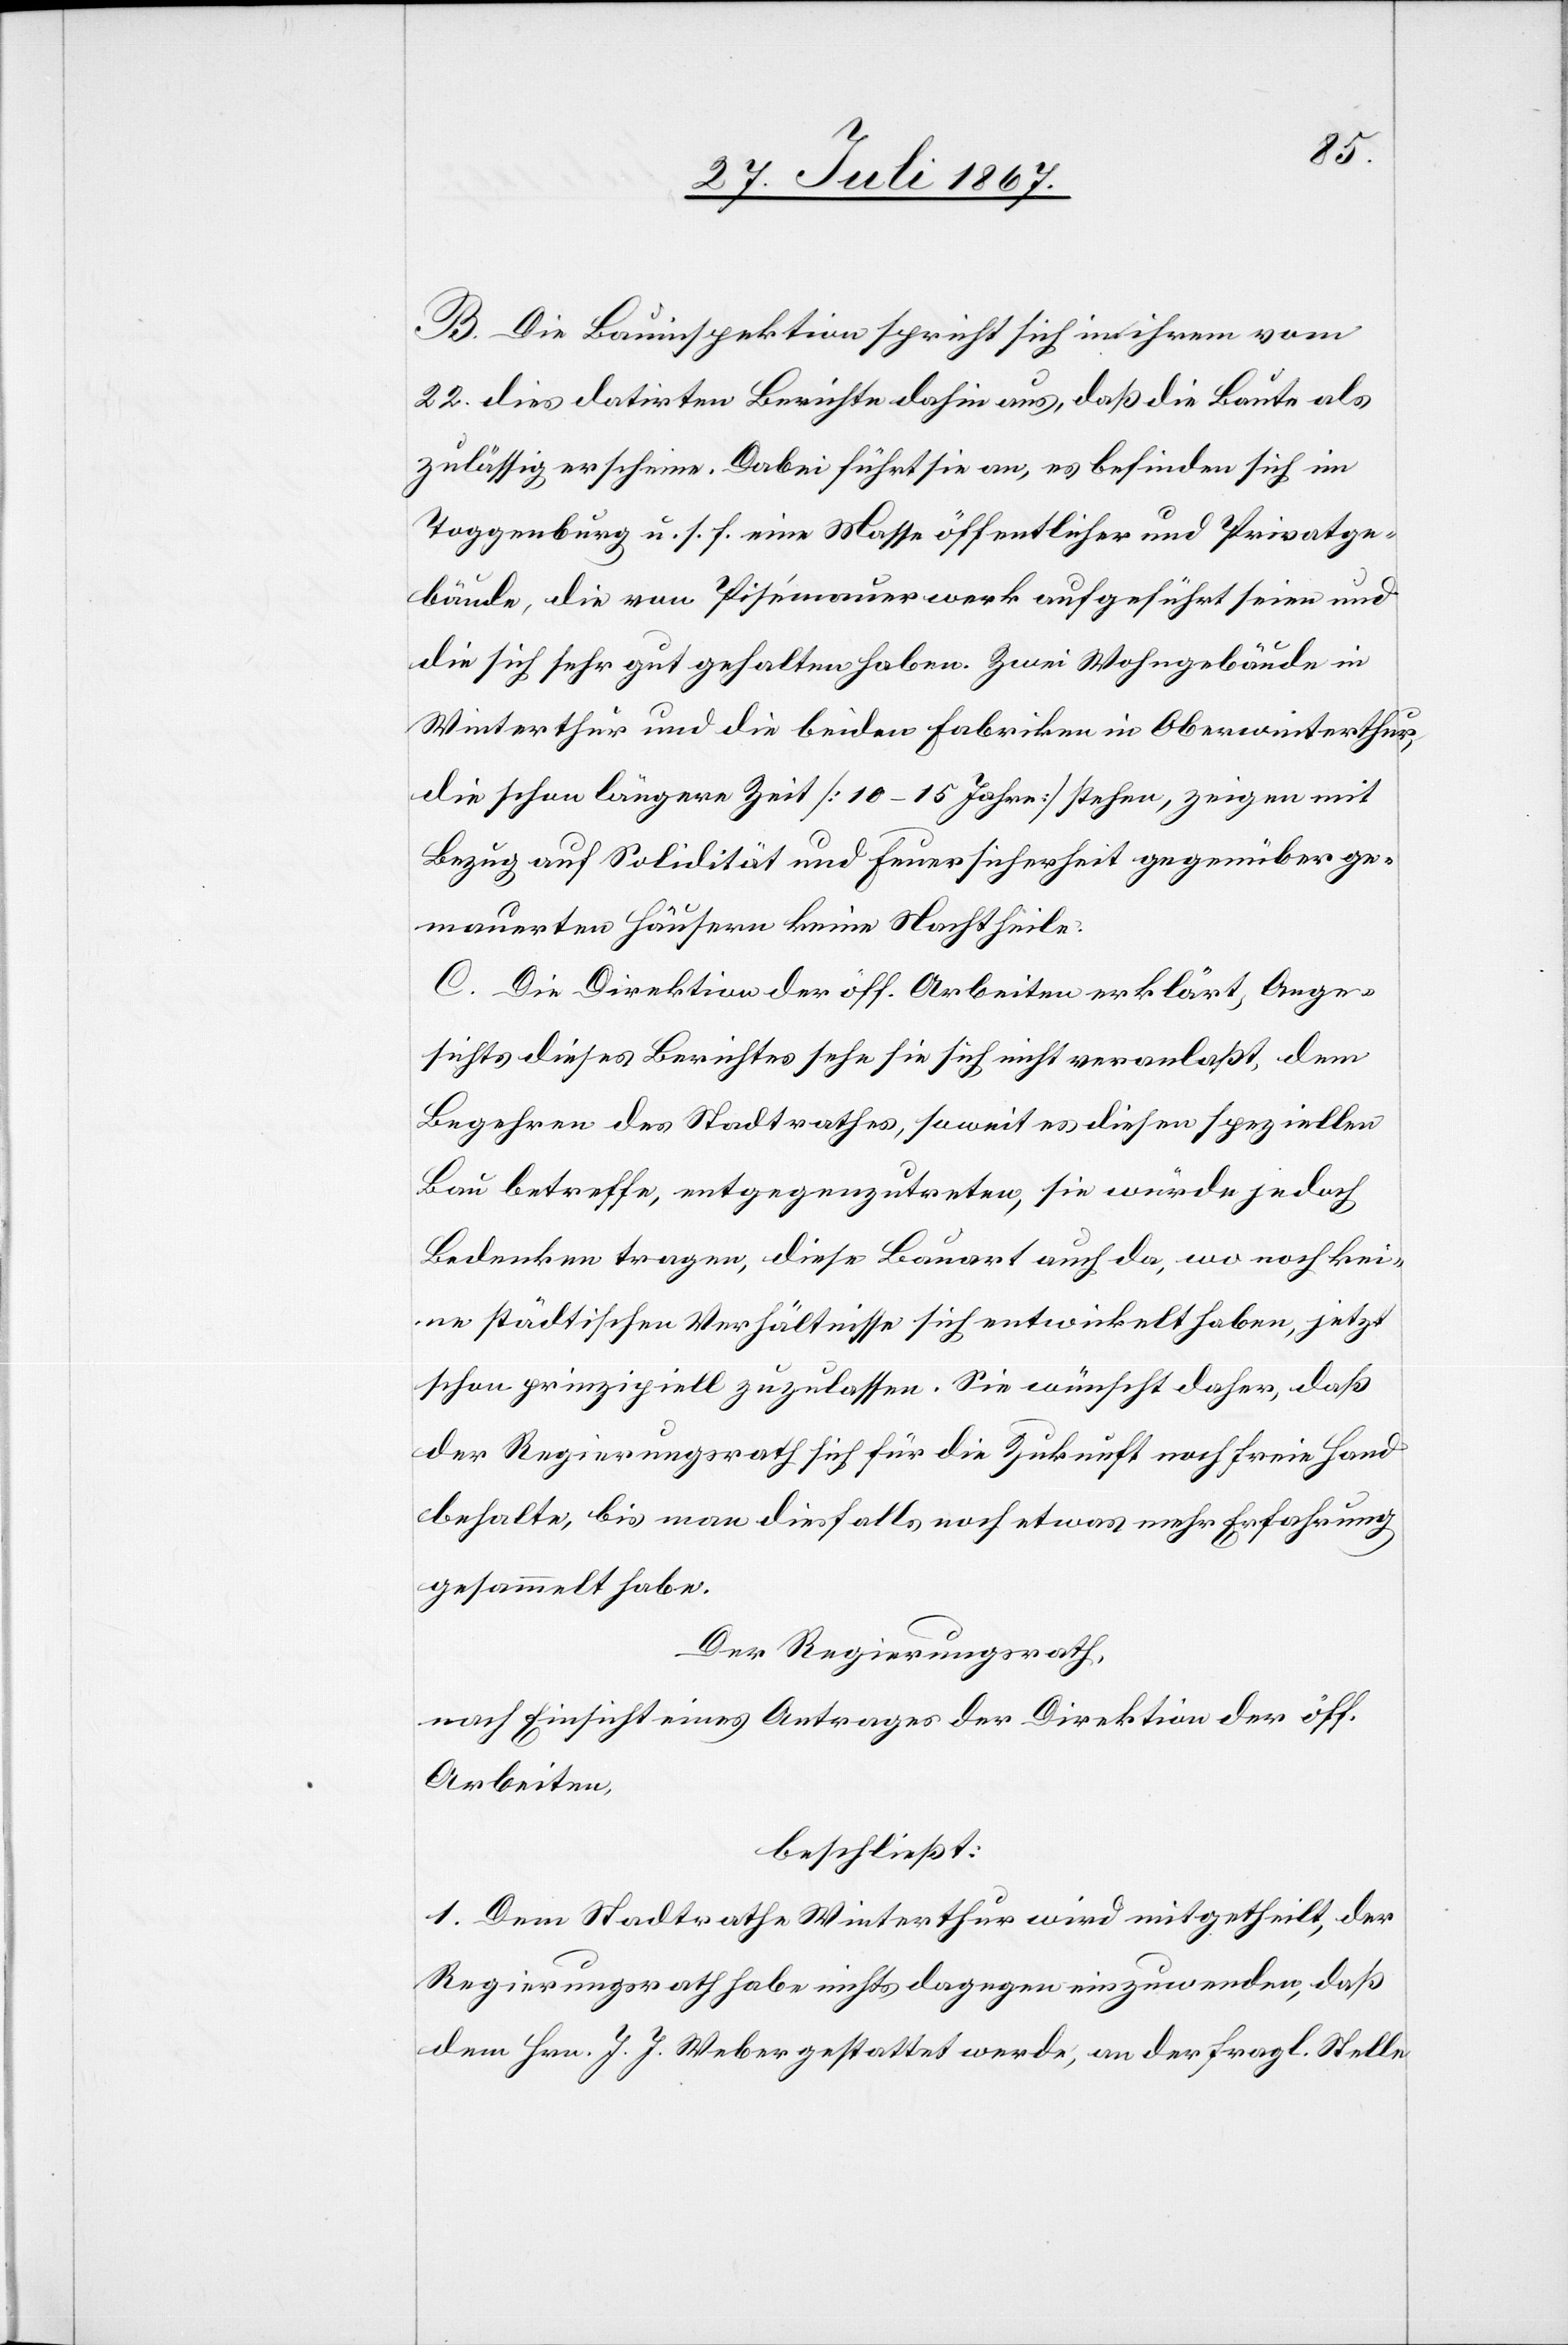
B. Die Bauinspektion spricht sich in ihrem vom
22. dies datirten Berichte dafür aus, daß die Baute als
zulässig erscheine. Dabei führt sie an, es befinden sich im
Toggenburg u. s. f. eine Masse öffentlicher und Privatge¬
bäude, die von Pisémauerwerk aufgeführt seien und
die sich sehr gut gehalten haben. Zwei Wohngebäude in
Winterthur und die beiden Fabriken in Oberwinterthur,
die schon längere Zeit [10–15 Jahre] stehen, zeigen mit
Bezug auf Solidität und Feuersicherheit gegenüber ge¬
mauerten Häusern keine Nachtheile.
C. Die Direktion der öff. Arbeiten erklärt, Ange¬
sichts dieses Berichtes sehe sie sich nicht veranlaßt, dem
Begehren des Stadtrathes, soweit es diesen speziellen
Bau betreffe, entgegenzutreten, sie würde jedoch
Bedenken tragen, diese Bauart auch da, wo noch kei¬
ne städtischen Verhältnisse sich entwickelt haben, jetzt
schon prinzipiell zuzulassen. Sie wünscht daher, daß
der Regierungsrath sich für die Zukunft noch freie Hand
behalte, bis man diesfalls noch etwas mehr Erfahrung
gesammelt habe.
Der Regierungsrath,
nach Einsicht eines Antrages der Direktion der öff.
Arbeiten,
beschließt:
1. Dem Stadtrathe Winterthur wird mitgetheilt, der
Regierungsrath habe nichts dagegen einzuwenden, daß
dem Hrn. J. J. Weber gestattet werde, an der fragl. Stelle